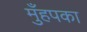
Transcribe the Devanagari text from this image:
मुँहपका